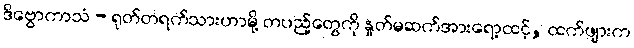
ဒိဗွောကာသံ - ရုတ်တရက်သားဟာမို့ တပည့်တွေကို နှုတ်မဆက်အားရော့ထင့်, ထက်ဖျားက